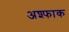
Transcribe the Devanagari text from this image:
अश्फाक